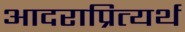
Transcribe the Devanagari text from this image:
आदराप्रित्यर्थ